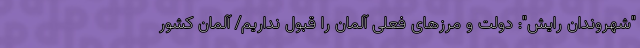
"شهروندان رایش": دولت و مرزهای فعلی آلمان را قبول نداریم/ آلمان کشور